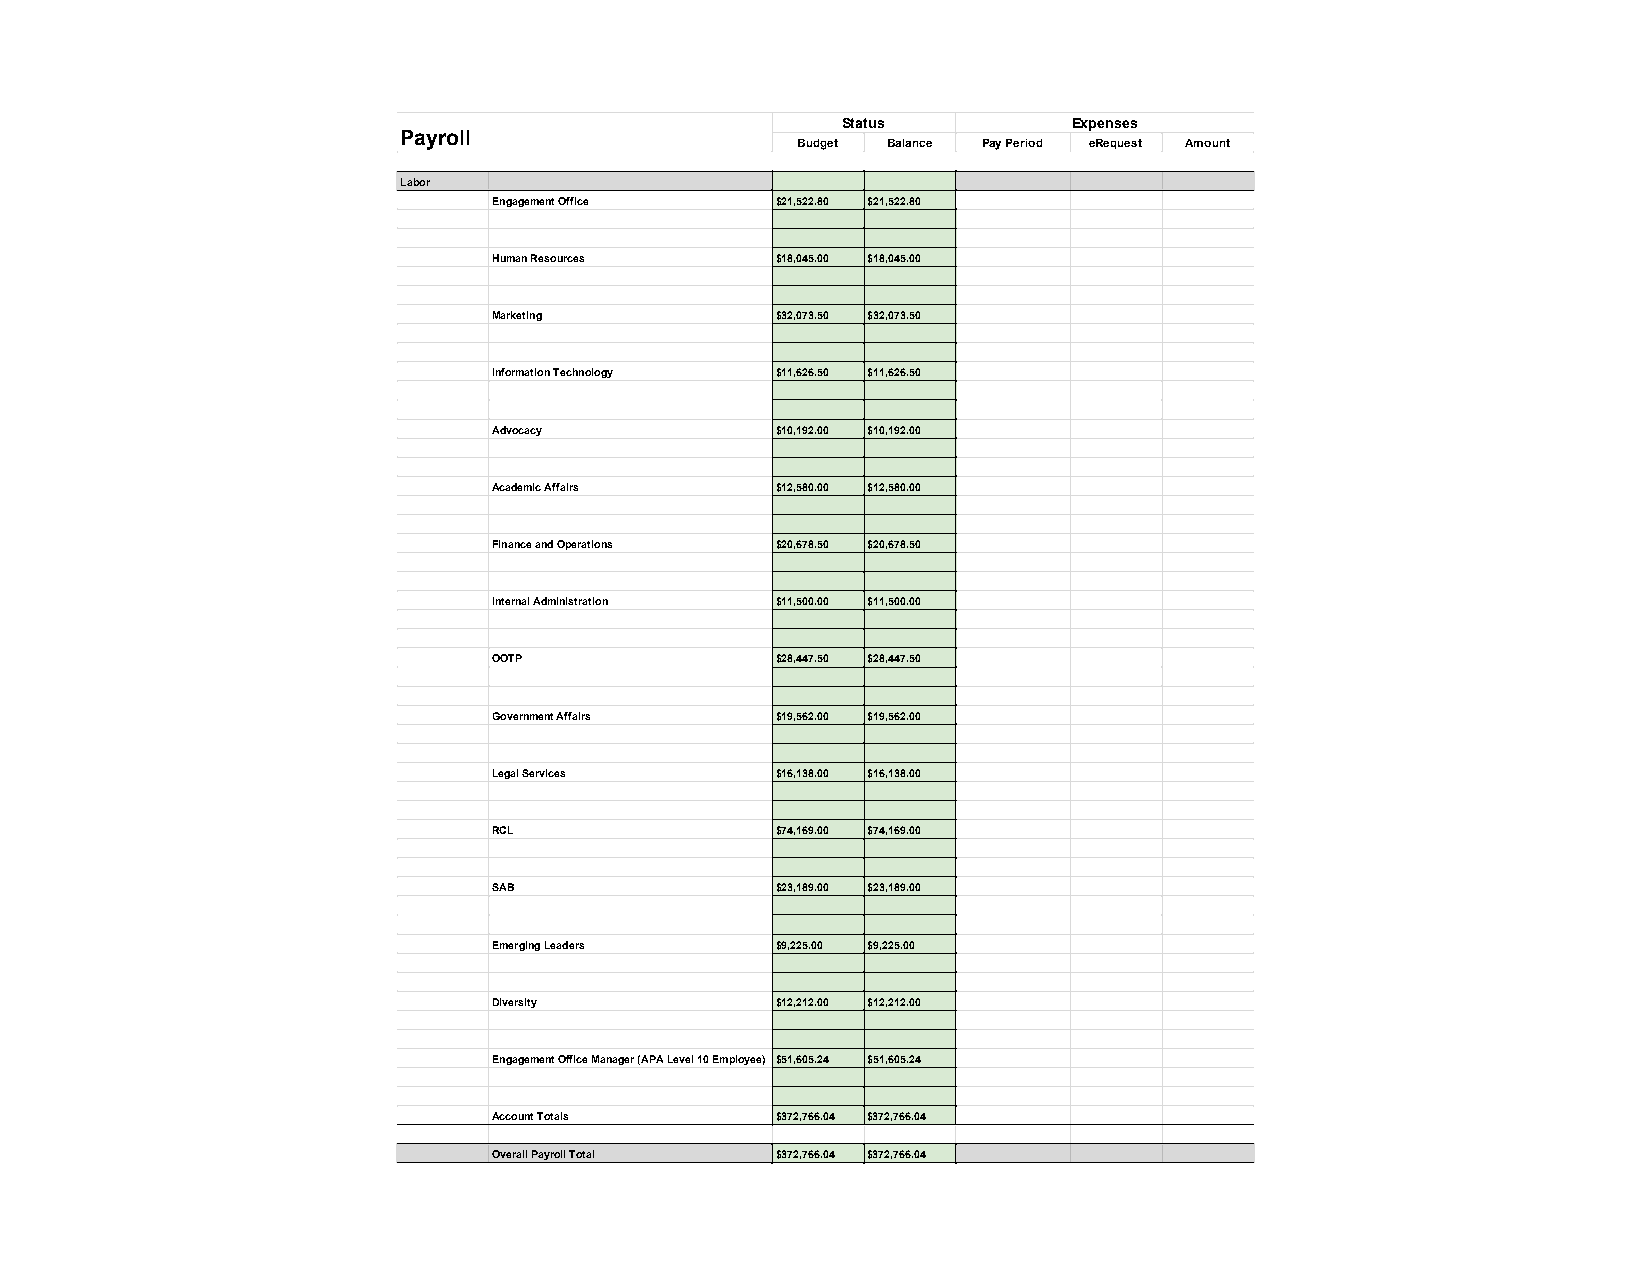
Status         Expenses
 Payroll
 Budget Balance Pay Period eRequest Amount
 Labor
 Engagement Office $21,522.80 $21,522.80
 Human Resources   $18,045.00 $18,045.00
 Marketing         $32,073.50 $32,073.50
 Information Technology $11,626.50 $11,626.50
 Advocacy          $10,192.00 $10,192.00
 Academic Affairs  $12,580.00 $12,580.00
 Finance and Operations $20,678.50 $20,678.50
 Internal Administration $11,500.00 $11,500.00
 OOTP              $28,447.50 $28,447.50
 Government Affairs $19,562.00 $19,562.00
 Legal Services    $16,138.00 $16,138.00
 RCL               $74,169.00 $74,169.00
 SAB               $23,189.00 $23,189.00
 Emerging Leaders  $9,225.00 $9,225.00
 Diversity         $12,212.00 $12,212.00
 Engagement Office Manager (APA Level 10 Employee) $51,605.24 $51,605.24
 Account Totals    $372,766.04 $372,766.04
 Overall Payroll Total $372,766.04 $372,766.04